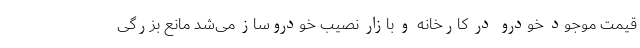
قیمت موجود خودرو در کارخانه و بازار نصیب خودروساز می‌شد مانع بزرگی